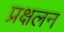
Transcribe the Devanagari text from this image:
प्रक्षलन